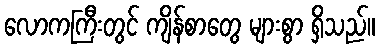
လောကကြီးတွင် ကျိန်စာတွေ များစွာ ရှိသည်။